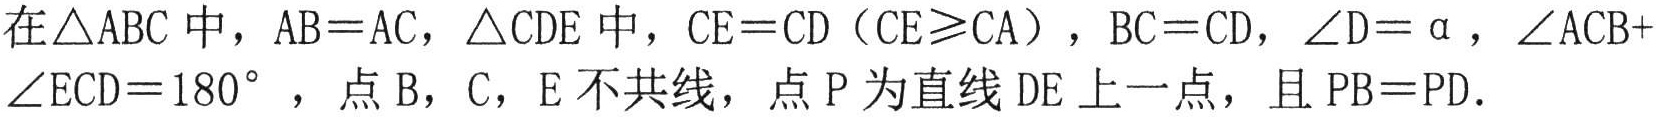
在\(\triangle ABC\)中，\(AB = AC\)，\(\triangle CDE\)中，\(CE = CD\)（\(CE\geqslant CA\)），\(BC = CD\)，\(\angle D=\alpha\)，\(\angle ACB+\angle ECD = 180^{\circ}\)，点\(B\)，\(C\)，\(E\)不共线，点\(P\)为直线\(DE\)上一点，且\(PB = PD\).